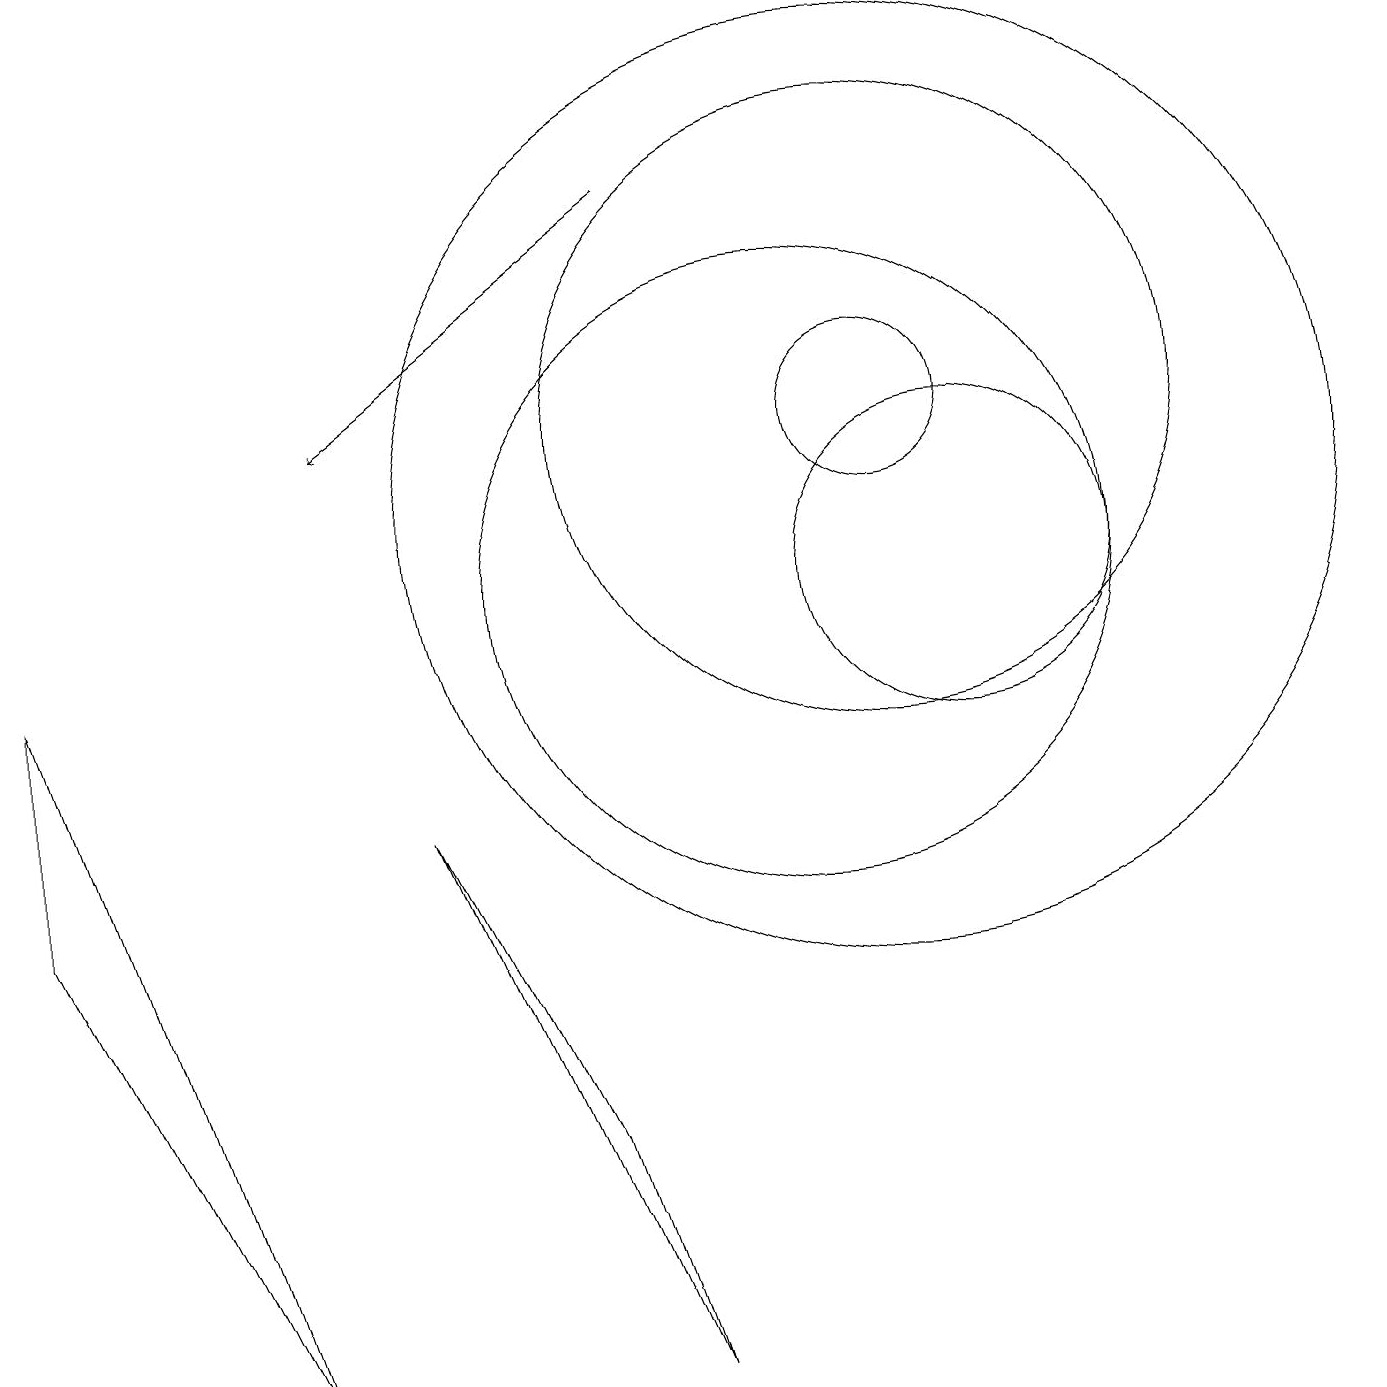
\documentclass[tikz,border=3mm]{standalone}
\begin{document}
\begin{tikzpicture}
\draw[->] (8,15) -- (4,12);
\draw (0,6) -- (0,9) -- (3,0) -- cycle;
\draw (5,7) -- (7,3) -- (8,0) -- cycle;
\draw (10,10) circle (4);
\draw (11,12) circle (1);
\draw (11,11) circle (6);
\draw (11,12) circle (4);
\draw (12,10) circle (2);
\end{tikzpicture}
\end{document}